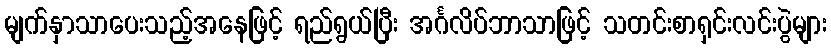
မျက်နှာသာပေးသည့်အနေဖြင့် ရည်ရွယ်ပြီး အင်္ဂလိပ်ဘာသာဖြင့် သတင်းစာရှင်းလင်းပွဲများ